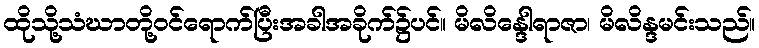
ထိုသို့သံဃာတို့ဝင်ရောက်ပြီးအခါအခိုက်၌ပင်။ မိလိန္ဒေါရာဇာ၊ မိလိန္ဒမင်းသည်။